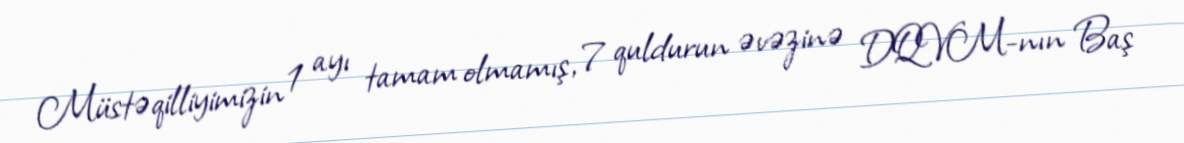
Müstəqilliyimizin 1 ayı tamam olmamış, 7 quldurun əvəzinə DQVM-nın Baş